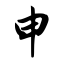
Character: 申